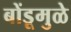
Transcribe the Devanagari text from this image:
बोंडूमुळे